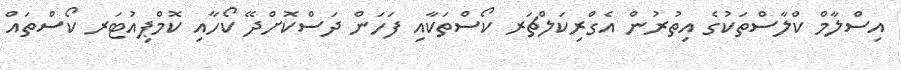
އިސްލާމް ކްލާސްތަކުގެ އިތުރުން އެގްރިކަލްޗަރ ކޯސްތަކާއި ފަހަން ދަސްކޮށްދޭ ކޯހާއި ކޮމްޕިއުޓަރ ކޯސްތައް